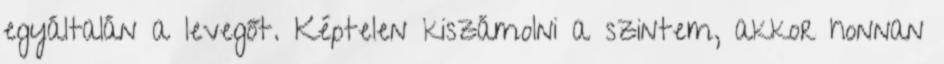
egyáltalán a levegőt. Képtelen kiszámolni a szintem, akkor honnan